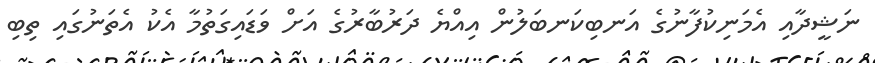
ނަޝީދާއި އެމަނިކުފާނުގެ އަނބިކަނބަލުން އިއްޔެ ދަރުބާރުގެ އަށް ވަޑައިގަތުމާ އެކު އެތަނުގައި ތިބި